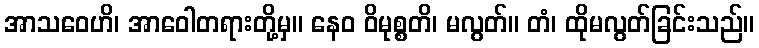
အာသဝေဟိ၊ အာဝေါတရားတို့မှ။ နေဝ ဝိမုစ္စတိ၊ မလွတ်။ တံ၊ ထိုမလွတ်ခြင်းသည်။